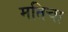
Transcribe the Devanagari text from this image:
मतिचा